Annual report of the Punjab Veterinary College and of the Civil Veterinary Department, Punjab - 1894-1908
Year: 1894
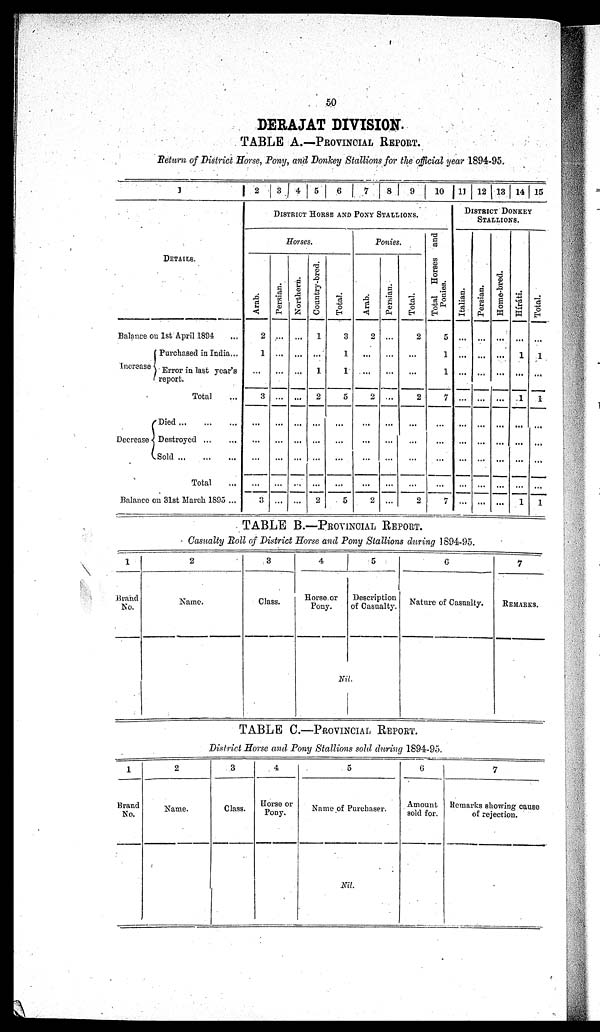
DERAJAT DIVISION.
TABLE A.—PROVINCIAL REPORT.
Return of District Horse, Pony, and Donkey Stallions for the official year 1894-95.
1
DETAILS.
Balance on 1st April 1894 ...
Increase
Purchased in India ...
Error in last year,s
report.
Total ...
Decrease
Died
...
...
...
Destroyed
...
...
Sold
...
...
...
Total ...
Balanceon 31st March 1895 ...
2 3 4 5 6 7 8 9 10
DISTRICT HORSE AND PONY STALLIONS.
Horses.
Arab.
2
1
...
3
...
...
...
...
3
Persian.
...
...
...
...
...
...
...
...
...
Northern.
...
...
...
...
...
...
...
...
...
Country-bred.
1
...
1
2
...
...
...
...
2
Total.
3
1
1
5
...
...
...
...
5
Ponies.
Arab.
2
...
...
2
...
...
...
...
2
Persian.
...
...
...
...
...
...
...
...
Total.
2
...
...
2
...
...
...
...
2
Total Horses and
Ponies.
5
1
1
7
...
...
...
...
7
11 12 13 14 15
DISTRICT DONKEY
STALLIONS.
Italian.
...
...
...
...
...
...
...
...
...
Persian.
...
...
...
...
...
...
...
...
...
Home-bred.
...
...
...
...
...
...
...
...
...
Híráti.
...
1
...
1
...
...
...
...
1
Total.
...
1
...
1
...
...
...
...
1
TABLE B.—PROVINCIAL REPORT.
Casualty Roll of District Horse and Pony Stallions during 1894-95.
1
Brand
No.
2
Name.
3
Class.
4
Horse or
Pony.
5
Description
of Casualty.
Nil.
0
Nature of Casualty.
7
REMARKS.
TABLE C.—PROVINCIAL REPORT.
District Horse and Pony Stallions sold during 1894-95.
1
Brand
No.
2
Name.
3
Class.
4
Horse or
Pony.
5
Name of Purchaser.
Nil.
6
Amount
sold for.
7
Remarks showing cause
of rejection.